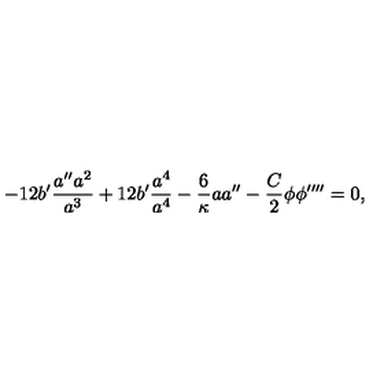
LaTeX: - 1 2 b ^ { \prime } \frac { a ^ { \prime \prime } a ^ { 2 } } { a ^ { 3 } } + 1 2 b ^ { \prime } \frac { a ^ { 4 } } { a ^ { 4 } } - \frac { 6 } { \kappa } a a ^ { \prime \prime } - \frac { C } { 2 } \phi \phi ^ { \prime \prime \prime \prime } = 0 ,